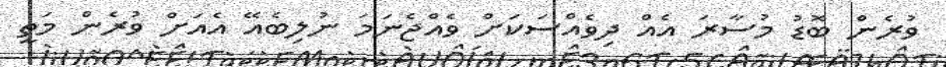
ވުރެން ބޮޑު މުސާރަ އެއް ދިވެއްސަކަށް ވެއްޖެނަމަ ނުލިބެއޭ އެއަށް ވުރެން މަތީ